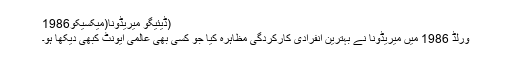
(ڈیئیگو میریڈونا(میکسیکو1986
ورلڈ 1986 میں میریڈونا نے بہترین انفرادی کارکردگی مظاہرہ کیا جو کسی بھی عالمی ایونٹ کبھی دیکھا ہو۔